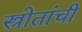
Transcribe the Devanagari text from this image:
स्त्रोतांची